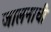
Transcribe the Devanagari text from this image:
जालनाची